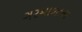
ગરમાળાના